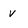
Character: v